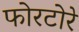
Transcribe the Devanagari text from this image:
फोरटोरे